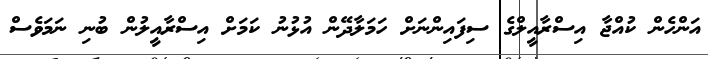
އަންހެން ކުއްޖާ އިސްރާއީލްގެ ސިފައިންނަށް ހަމަލާދޭން އުޅުނު ކަމަށް އިސްރާއީލުން ބުނި ނަމަވެސް